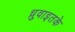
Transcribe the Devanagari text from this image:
ध्रुवाइतके